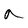
Character: a